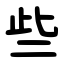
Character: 些